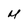
Character: U